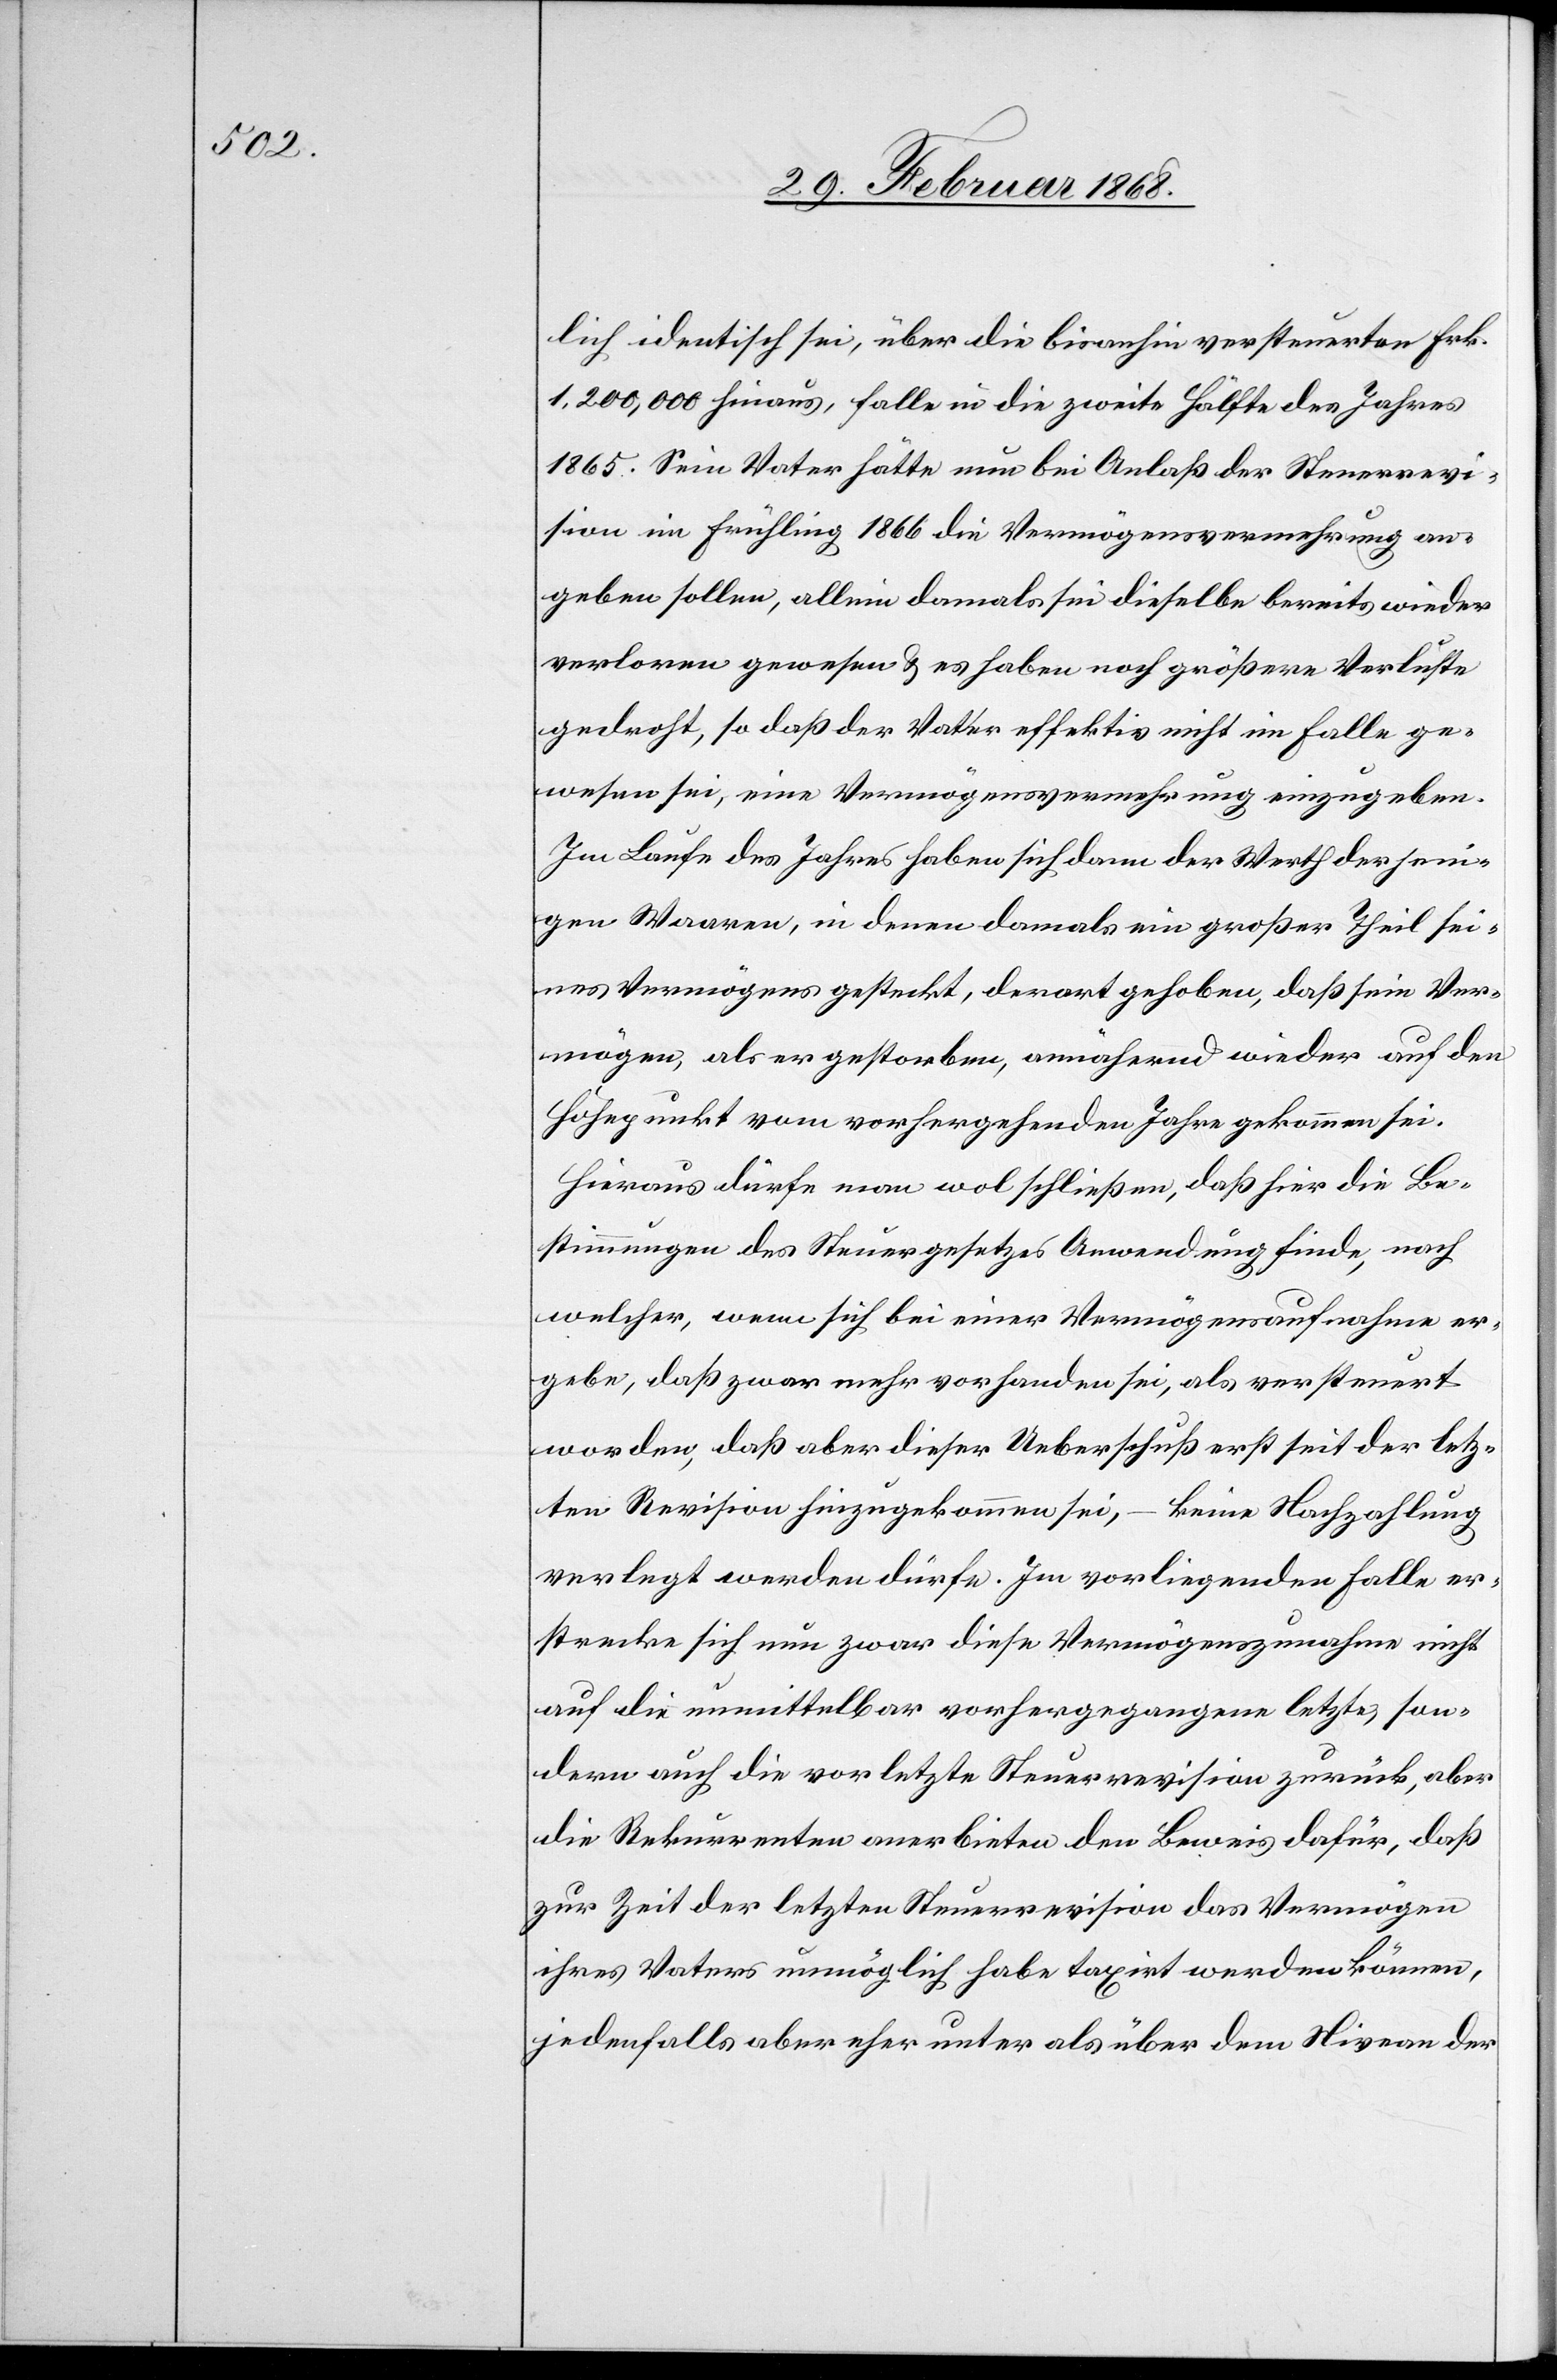
lich identisch sei, über die bisanhin versteuerten Frk.
1,200,000 hinaus, falle in die zweite Hälfte des Jahres
1865. Sein Vater hätte nun bei Anlaß der Steuerrevi¬
sion im Frühling 1866 die Vermögensvermehrung ange¬
geben sollen, allein damals sei dieselbe bereits wieder
verloren gewesen & es haben noch größere Verluste
gedroht, so daß der Vater effektiv nicht im Falle ge¬
wesen sei, eine Vermögensvermehrung einzugeben.
Im Laufe des Jahres haben [sic!] sich dann der Werth derjeni¬
gen Waaren, in denen damals ein großer Theil sei¬
nes Vermögens gesteckt, derart gehoben, daß sein Ver¬
mögen, als er gestorben, annähernd wieder auf den
Höhepunkt vom vorhergehenden Jahre gekommen sei.
Hieraus dürfe man wol schließen, daß hier die Be¬
stimmungen [sic!] des Steuergesetzes Anwendung finde, nach
welcher, wenn sich bei einer Vermögensaufnahme er¬
gebe, daß zwar mehr vorhanden sei, als versteuert
worden, daß aber dieser Ueberschuß erst seit der letz¬
ten Revision hinzugekommen sei, – keine Nachzahlung
verlegt werden dürfe. Im vorliegenden Falle er¬
strecke sich nun zwar diese Vermögenszunahme nicht
auf die unmittelbar vorhergegangene letzte, son¬
dern auch die vorletzte Steuerrevision zurück, aber
die Rekurrenten anerbieten den Beweis dafür, daß
zur Zeit der letzten Steuerrevision das Vermögen
ihres Vaters unmöglich habe taxirt werden können,
jedenfalls aber eher unter als über dem Niveau der